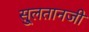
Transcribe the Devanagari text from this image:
सु्लतानजी